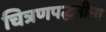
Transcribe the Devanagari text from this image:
चित्रणपद्धतीला